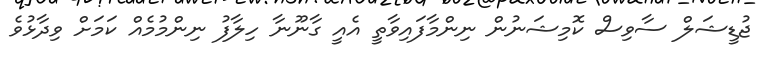
ޖުޑީޝަލް ސާވިސް ކޮމިޝަނުން ނިންމާފައިވާތީ އެއީ ގާނޫނާ ހިލާފު ނިންމުމެއް ކަމަށް ވިދާޅުވެ